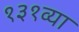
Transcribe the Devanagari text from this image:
१३१व्या